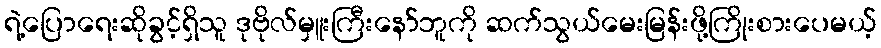
ရဲ့ပြောရေးဆိုခွင့်ရှိသူ ဒုဗိုလ်မှူးကြီးနော်ဘူကို ဆက်သွယ်မေးမြန်းဖို့ကြိုးစားပေမယ့်